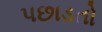
પછાડતો